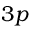
3 p